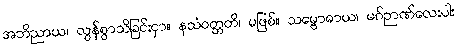
အဘိညာယ၊ လွန်စွာသိခြင်းငှာ။ နသံဝတ္တတိ၊ မဖြစ်။ သမ္ဗောဓာယ၊ မဂ်ဉာဏ်လေးပါး